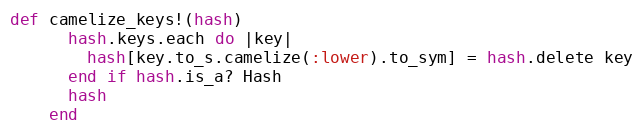
Language: Ruby
def camelize_keys!(hash)
      hash.keys.each do |key|
        hash[key.to_s.camelize(:lower).to_sym] = hash.delete key
      end if hash.is_a? Hash
      hash
    end